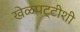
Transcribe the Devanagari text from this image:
खेळपट्टीशी